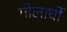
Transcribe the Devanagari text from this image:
गोलार्घो